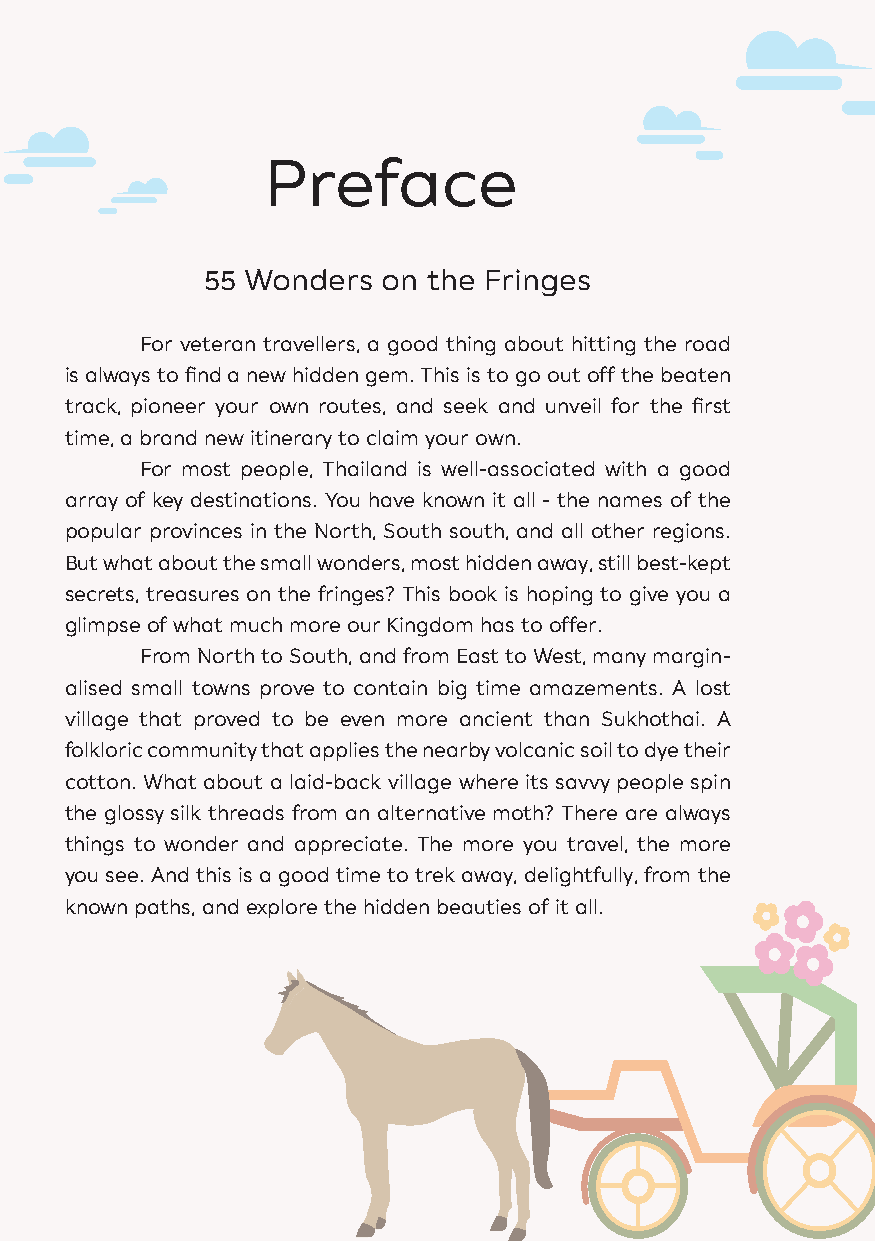
INDEX
 North                 The North East
 Preface
 Province Page              Province Page
 Phitsanulok 8 Province Page Buri Ram 42
 55 Wonders  on the Fringes                       Chiang Rai 10 Uttaradit 20 Chaiyaphum 44
 Phrae     12 Lampang   22  Ubon
 Mae Hong Son 14 Phetchabun 24 Ratchathani 46
 For veteran travellers, a good thing about hitting the road
 Tak       16 Nakhon Sawan 26 Udon Thani 48
 is always to find a new hidden gem. This is to go out off the beaten
 Nan       18 Phayao    28  Nong Khai 50
 track, pioneer your own routes, and seek and unveil for the first
 Uthai Thani 30 Bueng Kan 52 Province Page
 time, a brand new itinerary to claim your own.                        Kamphaeng Phet 32 Sakon Nakhon 54 Nong Bua
 For most people, Thailand is well-associated with a good         Sukhothai  34  Kalasin   56 Lam Phu   66
 array of key destinations. You have known it all - the names of the   Pichit     36  Surin     58 Loei      68
 Lamphun    38  Nakhon Phanom 60 Roi Et 70
 popular provinces in the North, South south, and all other regions.
 Yasothon  62 Maha Sarakham 72
 But what about the small wonders, most hidden away, still best-kept
 Amnat Charoen 64 Si Sa Ket 74
 secrets, treasures on the fringes? This book is hoping to give you a
 Mukdahan   76
 glimpse of what much more our Kingdom has to offer.
 East
 From North to South, and from East to West, many margin-
 alised small towns prove to contain big time amazements. A lost              Province  Page      Southern
 village that proved to be even more ancient than Sukhothai. A Central Region Nakhon Nayok 96
 folkloric community that applies the nearby volcanic soil to dye their       Prachin Buri 98   Province Page
 cotton. What about a laid-back village where its savvy people spin Province Page Chanthaburi 100 Satun   108
 the glossy silk threads from an alternative moth? There are always Chai Nat 80 Trat     102    Phatthalung 110
 Ang Thong 82     Sa Kaeo    104    Ranong    112
 things to wonder and appreciate. The more you travel, the more
 Lop Buri  84                       Chumphon  114
 you see. And this is a good time to trek away, delightfully, from the
 Suphan Buri 86                     Nakhon
 known paths, and explore the hidden beauties of it all.
 Ratchaburi 88                      Si Thammarat 116
 Samut                              Trang     118
 Songkhram 90                       Pattani   120
 Sing Buri 92                       Narathiwat 122
 Yala      124